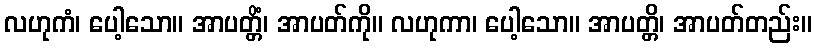
လဟုကံ၊ ပေါ့သော။ အာပတ္တိံ၊ အာပတ်ကို။ လဟုကာ၊ ပေါ့သော။ အာပတ္တိ၊ အာပတ်တည်း။